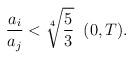
LaTeX: \begin{align*}\frac{a_{i}}{a_{j}}<\sqrt[4]{\frac{5}{3}} \; \; (0,T).\end{align*}